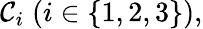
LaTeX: \mathcal{C}_{i}\; (i\in\{ 1,2,3\} ),